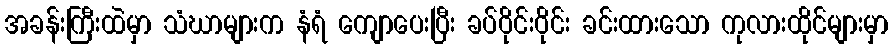
အခန်းကြီးထဲမှာ သံဃာများက နံရံ ကျောပေးပြီး ခပ်ဝိုင်းဝိုင်း ခင်းထားသော ကုလားထိုင်များမှာ